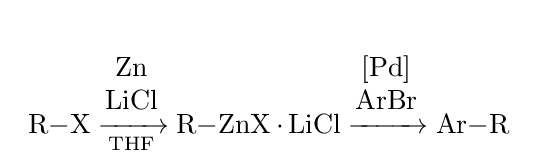
{\begin{array}{c}\\{\mathrm {R} {-}\mathrm {X} {}\mathrel {\xrightarrow[{\text{THF}}]{\begin{matrix}\mathrm {Zn} \\\mathrm {LiCl} \end{matrix}}} {}\mathrm {R} {-}\mathrm {ZnX} \,{\cdot }\,\mathrm {LiCl} {}\mathrel {\xrightarrow {\begin{matrix}[\mathrm {Pd} ]\\\mathrm {ArBr} \end{matrix}} } {}\mathrm {Ar} {-}\mathrm {R} }\end{array}}